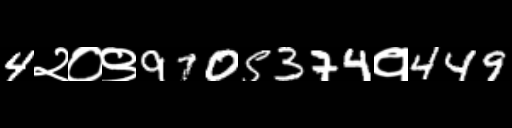
Text: 4२०९9705374१449